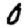
Digit: 0